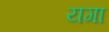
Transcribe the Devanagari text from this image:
यगा